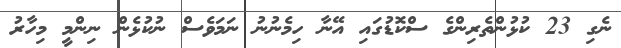
ނެގި 23 ކުޅުންތެރިންގެ ސްކޮޑުގައި އޭނާ ހިމެނުނު ނަމަވެސް ނުކުޅެން ނިންމީ މިހާރު